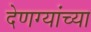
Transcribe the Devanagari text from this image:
देणग्यांच्या